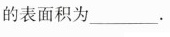
表面积为______。